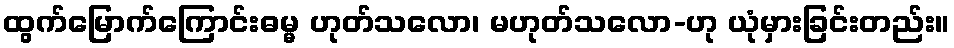
ထွက်မြောက်ကြောင်းဓမ္မ ဟုတ်သလော၊ မဟုတ်သလော-ဟု ယုံမှားခြင်းတည်း။